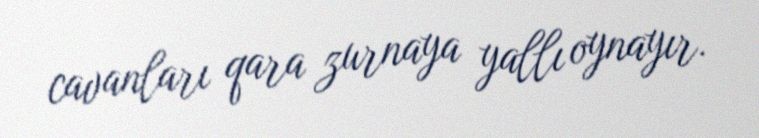
cavanları qara zurnaya yallı oynayır.